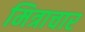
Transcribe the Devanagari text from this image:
मित्राचार